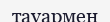
тауармен